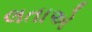
લતાએ